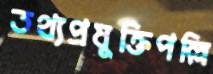
তথ্যপ্রযুক্তিপল্লি